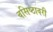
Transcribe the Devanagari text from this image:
वसिष्ठावरी